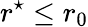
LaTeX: r^{\star}\leq r_{0}